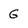
Character: G